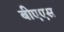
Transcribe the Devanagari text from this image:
बीएएस